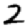
Digit: 2